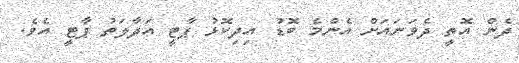
ދެން އޮތީ ދެވަނައަށް އެންމެ ބޮޑު އިދިކޮޅު ޕާޓީ އަދާލަތު ޕާޓީ އެވެ.